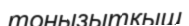
тоңызытқыш